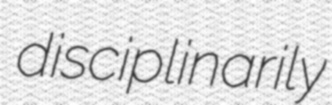
disciplinarily